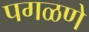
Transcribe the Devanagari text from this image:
पगळणे